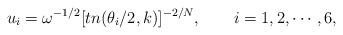
LaTeX: \begin{align*}u_i=\omega^{-1/2}[tn(\theta_i/2,k)]^{-2/N},~~~~~~i=1,2,\cdots,6,\end{align*}